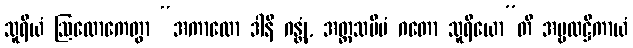
သူရိယံ ဩလောကေတွာ “အကာလော ဒါနိ ဂန္တုံ, အတ္ထသမီပံ ဂတော သူရိယော”တိ အမ္ဗလဋ္ဌိကာယံ